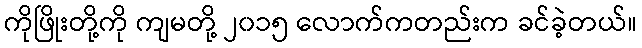
ကိုဖြိုးတို့ကို ကျမတို့ ၂၀၁၅ လောက်ကတည်းက ခင်ခဲ့တယ်။